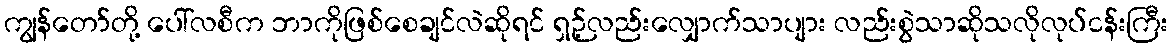
ကျွန်တော်တို့ ပေါ်လစီက ဘာကိုဖြစ်စေချင်လဲဆိုရင် ရှဉ့်လည်းလျှောက်သာပျား လည်းစွဲသာဆိုသလိုလုပ်ငန်းကြီး